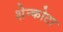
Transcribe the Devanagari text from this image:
शेन्कोटा